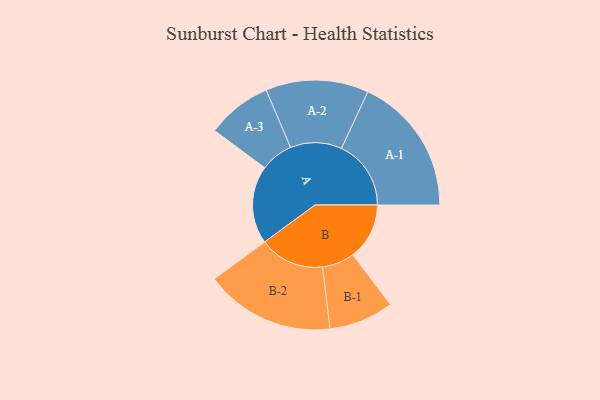
{"axis": {"x": "Segment", "y": "Value"}, "legend": ["", "A", "B"], "data": [{"x": "A", "y": 335, "type": ""}, {"x": "B", "y": 243, "type": ""}, {"x": "A-1", "y": 299, "type": "A"}, {"x": "A-2", "y": 221, "type": "A"}, {"x": "A-3", "y": 140, "type": "A"}, {"x": "B-1", "y": 139, "type": "B"}, {"x": "B-2", "y": 279, "type": "B"}]}